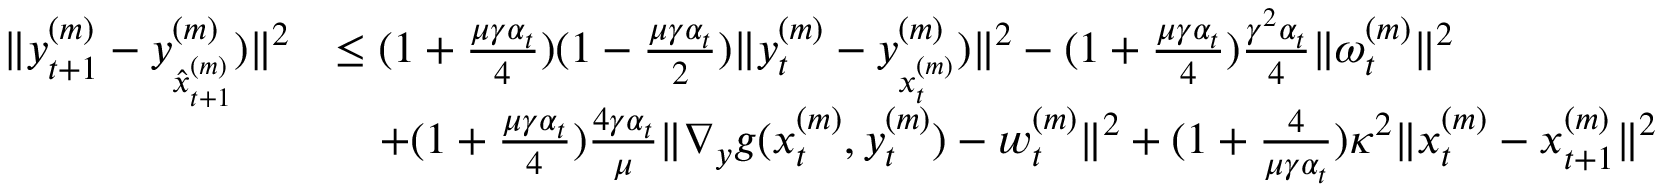
\begin{array} { r l } { \| y _ { t + 1 } ^ { ( m ) } - y _ { \hat { x } _ { t + 1 } ^ { ( m ) } } ^ { ( m ) } ) \| ^ { 2 } } & { \leq ( 1 + \frac { \mu \gamma \alpha _ { t } } { 4 } ) ( 1 - \frac { \mu \gamma \alpha _ { t } } { 2 } ) \| y _ { t } ^ { ( m ) } - y _ { x _ { t } ^ { ( m ) } } ^ { ( m ) } ) \| ^ { 2 } - ( 1 + \frac { \mu \gamma \alpha _ { t } } { 4 } ) \frac { \gamma ^ { 2 } \alpha _ { t } } { 4 } \| \omega _ { t } ^ { ( m ) } \| ^ { 2 } } \\ & { \quad + ( 1 + \frac { \mu \gamma \alpha _ { t } } { 4 } ) \frac { 4 \gamma \alpha _ { t } } { \mu } \| \nabla _ { y } g ( x _ { t } ^ { ( m ) } , y _ { t } ^ { ( m ) } ) - w _ { t } ^ { ( m ) } \| ^ { 2 } + ( 1 + \frac { 4 } { \mu \gamma \alpha _ { t } } ) \kappa ^ { 2 } \| x _ { t } ^ { ( m ) } - x _ { t + 1 } ^ { ( m ) } \| ^ { 2 } } \end{array}